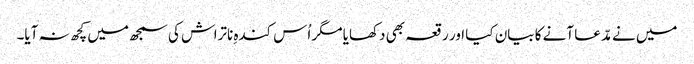
میں نے مدّعا آنے کا بیان کیا اور رقعہ بھی دکھایا مگر اُس کندہِ ناتراش کی سمجھ میں کچھ نہ آیا۔